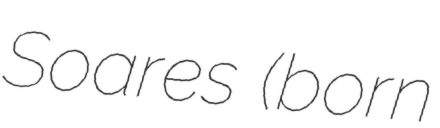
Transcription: Soares (born